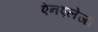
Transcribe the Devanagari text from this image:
ऐनएलेजी